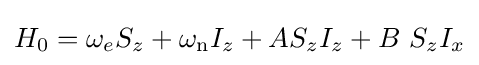
H_{0}=\omega _{e}S_{z}+\omega _{\rm {n}}I_{z}+AS_{z}I_{z}+B\ S_{z}I_{x}